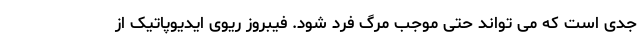
جدی است که می تواند حتی موجب مرگ فرد شود. فیبروز ریوی ایدیوپاتیک از